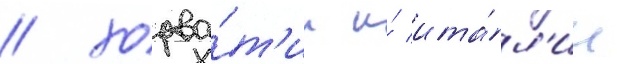
/ хорва́т'ии и́ ита́л'ии